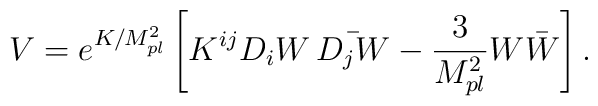
V=e^{K/M_{pl}^{2}}\left[K^{ij}D_i W \,  \bar{D_j W}-\frac{3}{M_{pl}^{2}} W\bar{W}\right].